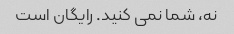
نه، شما نمی کنید. رایگان است